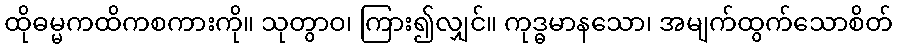
ထိုဓမ္မကထိကစကားကို။ သုတွာဝ၊ ကြား၍လျှင်။ ကုဒ္ဓမာနသော၊ အမျက်ထွက်သောစိတ်